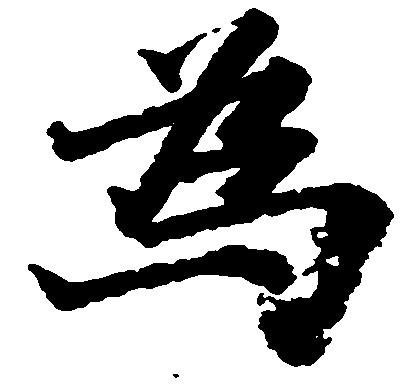
為